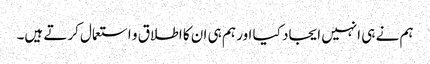
ہم نے ہی انہیں ایجاد کیا اور ہم ہی ان کا اطلاق و استعمال کرتے ہیں۔